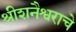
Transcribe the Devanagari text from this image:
श्रीशनैश्वराचे